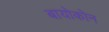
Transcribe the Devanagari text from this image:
बायोकोन